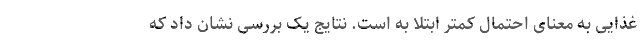
غذایی به معنای احتمال کمتر ابتلا به است. نتایج یک بررسی نشان داد که